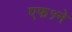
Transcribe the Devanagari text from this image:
एफ१ने